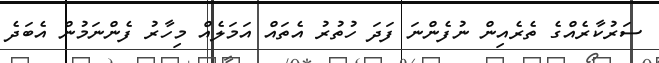
ސަރުކާރެއްގެ ތެރެއިން ނުފެންނަ ފަދަ ހުތުރު އެތައް އަމަލެއް މިހާރު ފެންނަމުން އެބަދެ